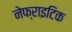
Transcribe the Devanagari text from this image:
नेफ्राइटिक